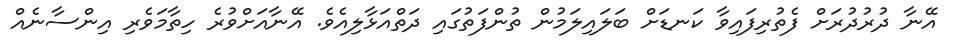
އޭނާ ދުރުދުރަށް ފެތުރިފައިވާ ކަނޑަށް ބަލައިލަމުން ތުންފަތުގައި ދަތްއަޅާލިއެވެ. އޭނާއަށްވުރެ ހިތާމަވެރި އިންސާނެއް